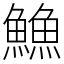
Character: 䲆